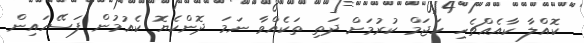
ކޮއްލާ ކާއެއްޗެހި ހަޖަމް ކުރުމަށް ދަތި ތަކެއްވާ ނަމަ ދޮންކެޔޮ ކެއުމުން ފަސޭހައިން